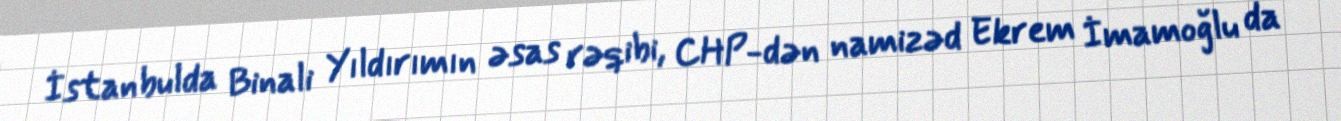
İstanbulda Binali Yıldırımın əsas rəqibi, CHP-dən namizəd Ekrem İmamoğlu da